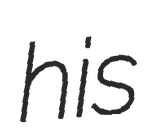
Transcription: his